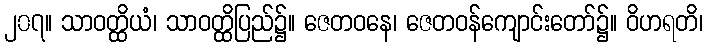
၂၀၇။ သာဝတ္ထိယံ၊ သာဝတ္ထိပြည်၌။ ဇေတဝနေ၊ ဇေတဝန်ကျောင်းတော်၌။ ဝိဟရတိ၊